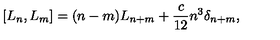
[ L _ { n } , L _ { m } ] = ( n - m ) L _ { n + m } + { \frac { c } { 1 2 } } n ^ { 3 } \delta _ { n + m } ,